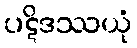
ပဋိဒဿယုံ